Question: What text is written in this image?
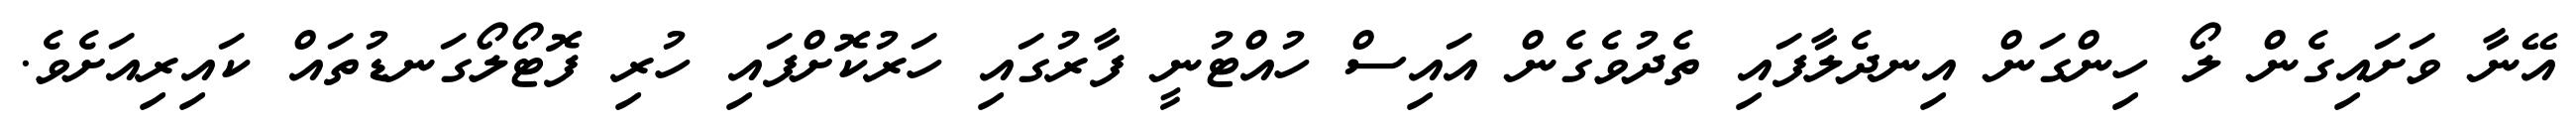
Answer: އޭނާ ވަށައިގެން ލޯ ހިންގަން އިނދެލާފައި ތެދުވެގެން އައިސް ހުއްޓުނީ ފާރުގައި ހަރުކޮށްފައި ހުރި ފޮޓޯލޯގަނޑުތައް ކައިރިއަށެވެ.